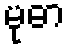
မုဓာ